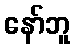
နော်ဘူ